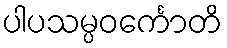
ပါပသမ္ပဝင်္ကောတိ